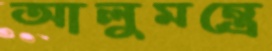
আলুমন্ত্রে